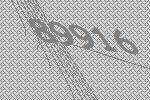
89916